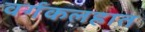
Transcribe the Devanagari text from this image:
वर्गकलहात